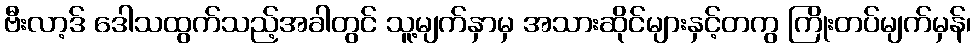
ဗီးလာ့ဒ် ဒေါသထွက်သည့်အခါတွင် သူ့မျက်နှာမှ အသားဆိုင်များနှင့်တကွ ကြိုးတပ်မျက်မှန်၊